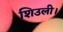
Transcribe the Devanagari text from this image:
शिउली।